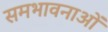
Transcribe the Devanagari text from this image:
समभावनाओं